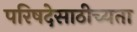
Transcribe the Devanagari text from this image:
परिषदेसाठीच्यता